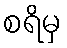
စရိမှ